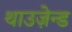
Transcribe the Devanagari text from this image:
थाउज़ेन्ड